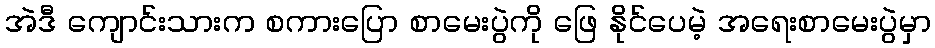
အဲဒီ ကျောင်းသားက စကားပြော စာမေးပွဲကို ဖြေ နိုင်ပေမဲ့ အရေးစာမေးပွဲမှာ